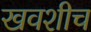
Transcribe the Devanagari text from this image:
खवशीच